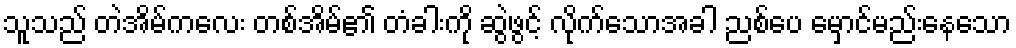
သူသည် တဲအိမ်ကလေး တစ်အိမ်၏ တံခါးကို ဆွဲဖွင့် လိုက်သောအခါ ညစ်ပေ မှောင်မည်းနေသော